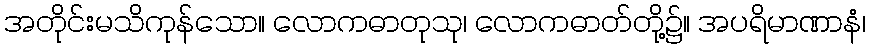
အတိုင်းမသိကုန်သော။ လောကဓာတုသု၊ လောကဓာတ်တို့၌။ အပရိမာဏာနံ၊